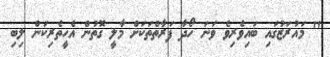
'' މައުރަޒުގައި ބައިވެރިވެ ވަނަ ހޯދާ ފަރާތްތަކަށް މާލީ ގޮތުން އެހީތެރިކަން ލިބި